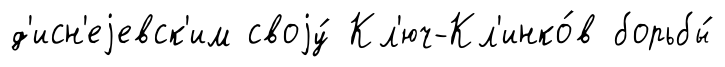
д'исн'еjевск'им своjу́ Кл'юч-Кл'инко́в борьбы́